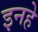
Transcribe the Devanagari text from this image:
इनहे